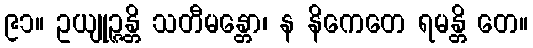
၉၁။ ဥယျုဉ္ဇန္တိ သတီမန္တော၊ န နိကေတေ ရမန္တိ တေ။